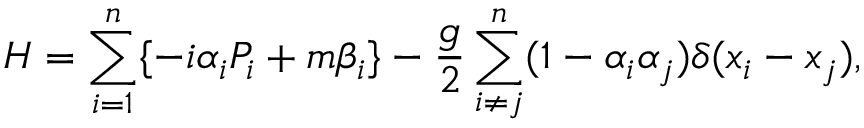
H = \sum _ { i = 1 } ^ { n } \{ - i \alpha _ { i } P _ { i } + m \beta _ { i } \} - \frac { g } { 2 } \sum _ { i \neq j } ^ { n } ( 1 - \alpha _ { i } \alpha _ { j } ) \delta ( x _ { i } - x _ { j } ) ,